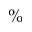
\%